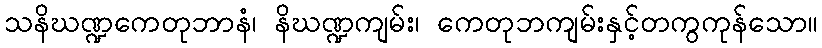
သနိဃဏ္ဍကေတုဘာနံ၊ နိဃဏ္ဍကျမ်း၊ ကေတုဘကျမ်းနှင့်တကွကုန်သော။